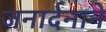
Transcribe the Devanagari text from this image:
जनार्दनाने